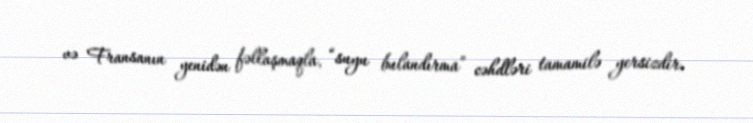
və Fransanın yenidən fəllaşmaqla, “suyu bulandırma” cəhdləri tamamilə yersizdir.